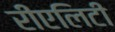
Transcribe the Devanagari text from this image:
रीएलिटी